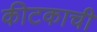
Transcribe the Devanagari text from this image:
कीटकाची